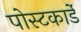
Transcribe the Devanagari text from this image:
पोस्टकार्डे